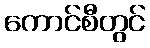
ကောင်စီတွင်